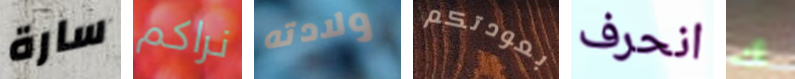
سارة نراكم ولادته بعودتكم انحرف لك